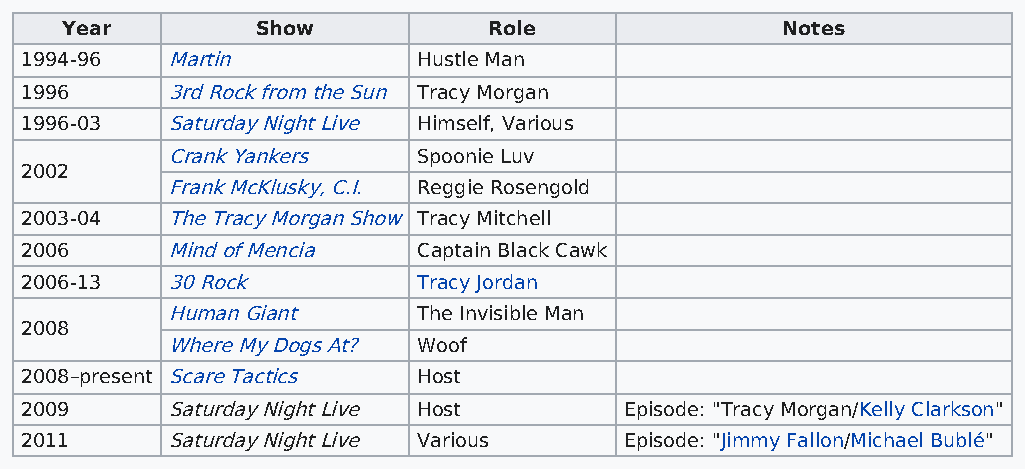
Year         Show           Role                Notes
 1994-96   Martin           Hustle Man
 1996      3rd Rock from the Sun Tracy Morgan
 1996-03   Saturday Night Live Himself, Various
 Crank Yankers    Spoonie Luv
 2002
 Frank McKlusky, C.I. Reggie Rosengold
 2003-04   The Tracy Morgan Show Tracy Mitchell
 2006      Mind of Mencia   Captain Black Cawk
 2006-13   30 Rock          Tracy Jordan
 Human Giant      The Invisible Man
 2008
 Where My Dogs At? Woof
 2008–present Scare Tactics Host
 2009      Saturday Night Live Host      Episode: "Tracy Morgan/Kelly Clarkson"
 2011      Saturday Night Live Various   Episode: "Jimmy Fallon/Michael Bublé"